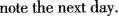
note the next day.